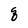
Character: q